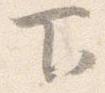
下